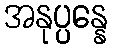
အနုပ္ပန္နေ